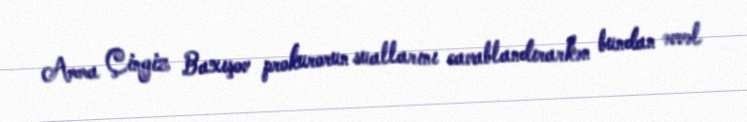
Amma Çingiz Baxışov prokurorun suallarını cavablandırarkən bundan əvvəl